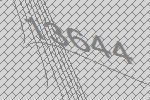
13644